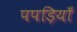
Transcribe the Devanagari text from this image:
पपड़ियाँ